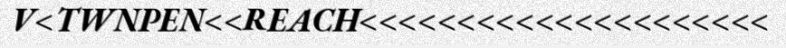
V<TWNPEN<<REACH<<<<<<<<<<<<<<<<<<<<<